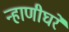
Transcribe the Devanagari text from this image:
न्हाणीघरे